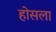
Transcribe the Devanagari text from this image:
होसला